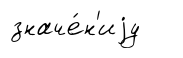
значе́н'иjу